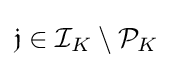
{\mathfrak {j}}\in {\mathcal {I}}_{K}\setminus {\mathcal {P}}_{K}